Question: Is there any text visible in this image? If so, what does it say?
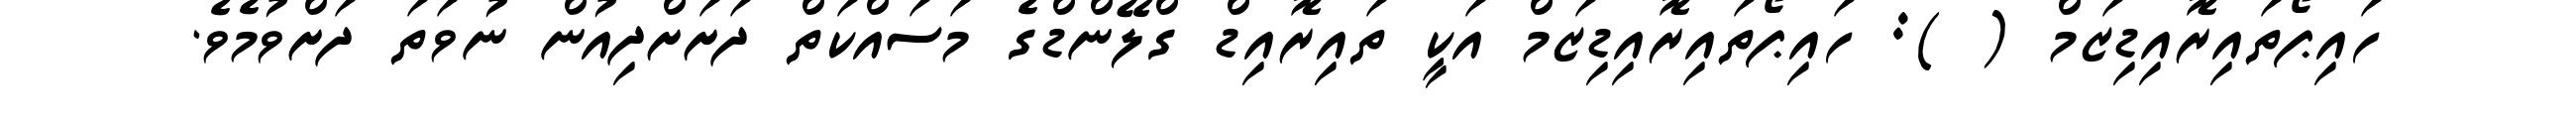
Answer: ހައިޕޯތައިރޮއިޑިޒަމް ( ): ހައިޕޯތައިރޮއިޑިޒަމް އަކީ ތައިރޮއިޑް ގްލޭންޑްގެ މަސައްކަތް ދަށަށްދިއުން ނުވަތަ ދަށްވުމެވެ.